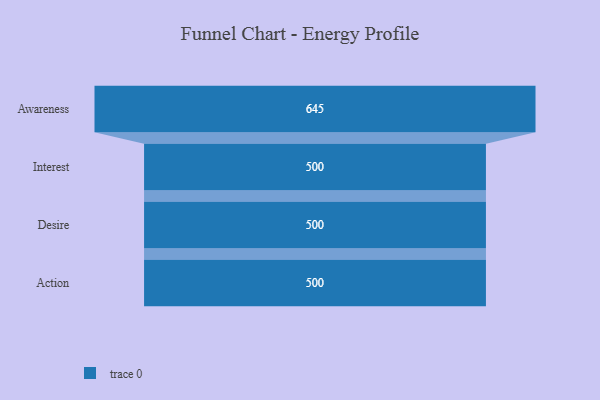
{"axis": {"x": "Stage", "y": "Value"}, "legend": [""], "data": [{"x": "Awareness", "y": 645.0, "type": ""}, {"x": "Interest", "y": 500, "type": ""}, {"x": "Desire", "y": 500, "type": ""}, {"x": "Action", "y": 500, "type": ""}]}